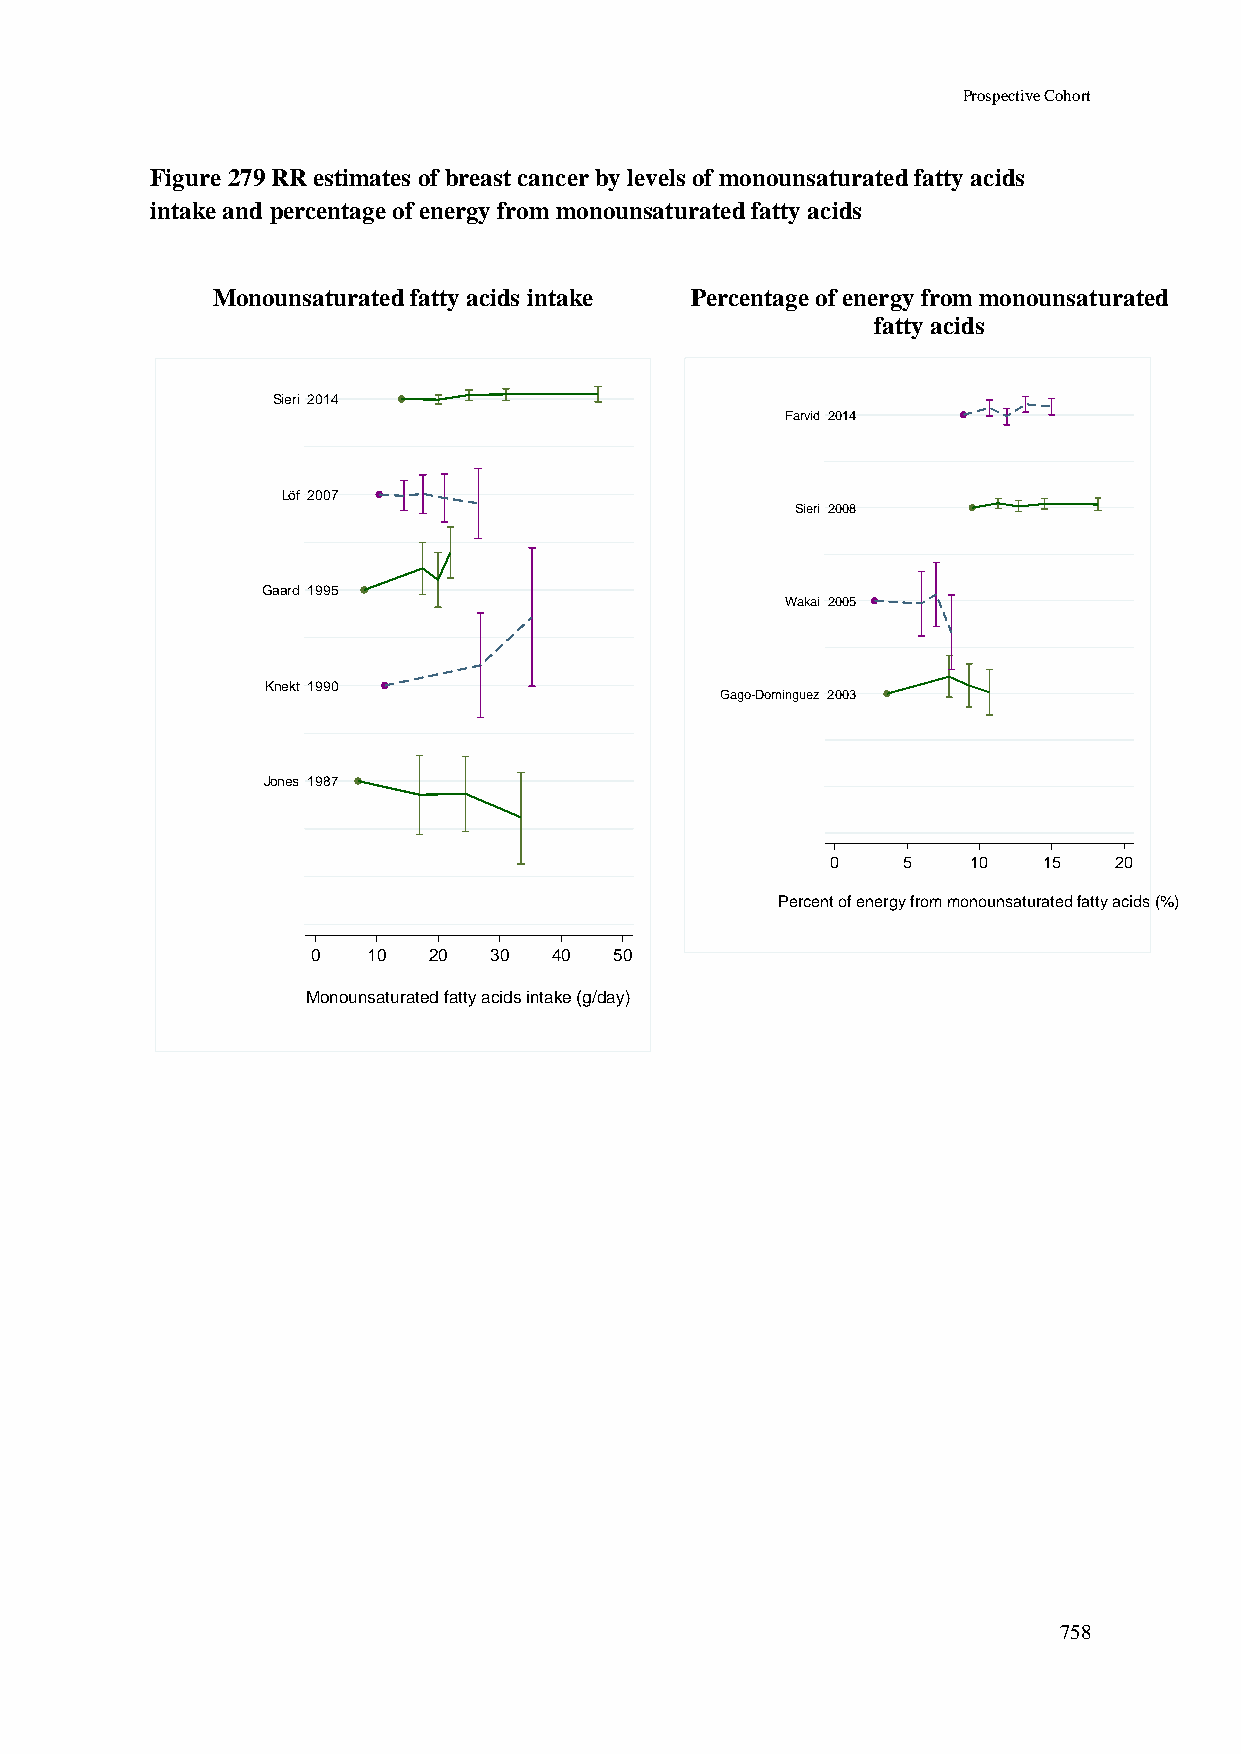
Prospective Cohort
 Figure 279 RR estimates of breast cancer by levels of monounsaturated fatty acids
 intake and percentage of energy from monounsaturated fatty acids
 Monounsaturated fatty acids intake Percentage of energy from monounsaturated
 fatty acids
 Sieri 2014
 Farvid 2014
 Löf 2007
 Sieri 2008
 Gaard 1995
 Wakai 2005
 Knekt 1990
 Gago-Dominguez 2003
 Jones 1987
 0    5   10   15   20
 Percent of energy from monounsaturated fatty acids (%)
 0  10  20  30   40  50
 Monounsaturated fatty acids intake (g/day)
 758